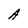
Character: A